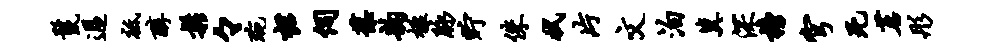
鬣过祗醇松々琬裙伺葆韵楹脉贮侏拭片文泊冀深榜穹死茗彤